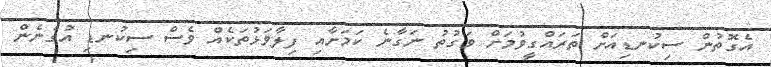
އެގޮތުން ސިކުނޑިއަށް ތަރައްގީވުމަށް ވަގުތު ނަގާނެ ކަމަށާއި ފިލާވަޅުތަކެއް ވެސް ސިކުނޑި އުގެނެން